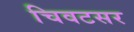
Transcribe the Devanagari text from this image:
चिवटसर